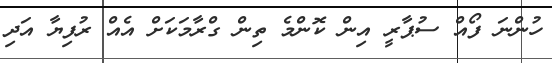
ހުންނަ ފޯއް ސުޕާރީ އިން ކޮންމެ ތިން ގްރާމަކަށް އެއް ރުފިޔާ އަދި